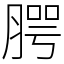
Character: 腭